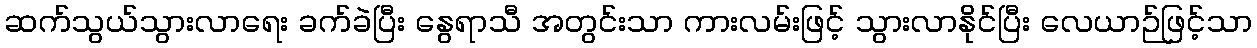
ဆက်သွယ်သွားလာရေး ခက်ခဲပြီး နွေရာသီ အတွင်းသာ ကားလမ်းဖြင့် သွားလာနိုင်ပြီး လေယာဉ်ဖြင့်သာ